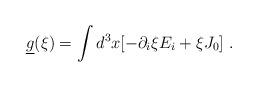
LaTeX: \begin{align*}\underline{g}(\xi )=\int d^3x[-\partial _i\xi E_i+\xi J_0]\ .\end{align*}